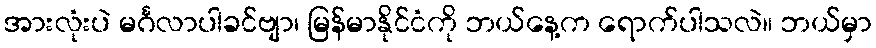
အားလုံးပဲ မင်္ဂလာပါခင်ဗျာ၊ မြန်မာနိုင်ငံကို ဘယ်နေ့က ရောက်ပါသလဲ။ ဘယ်မှာ